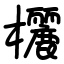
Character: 欐